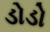
ડોડો